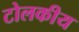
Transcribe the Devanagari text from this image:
टोलकीय